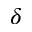
\delta